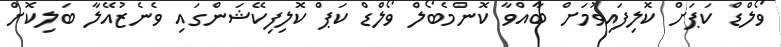
ވޯލްޑް ކަޕަށް ކޮލިފައިވުމަށް ބާއްވާ ކޮންމެބޯލް ވޯލްޑް ކަޕް ކޮލިފިކޭޝަންގައި ވެނެޒުއޭލާ ބަލިކޮށް